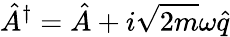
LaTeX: \hat{A}^{\dagger}=\hat{A}+i\sqrt{2m}\omega\hat{q}